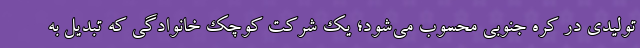
تولیدی در کره جنوبی محسوب می‌شود؛ یک شرکت کوچک خانوادگی که تبدیل به